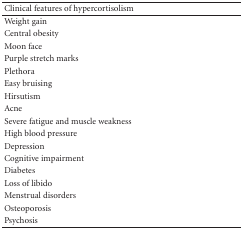
| Clinical features of hypercortisolism |
 | --- |
 | Weight gain |
 | Central obesity |
 | Moon face |
 | Purple stretch marks |
 | Plethora |
 | Easy bruising |
 | Hirsutism |
 | Acne |
 | Severe fatigue and muscle weakness |
 | High blood pressure |
 | Depression |
 | Cognitive impairment |
 | Diabetes |
 | Loss of libido |
 | Menstrual disorders |
 | Osteoporosis |
 | Psychosis |